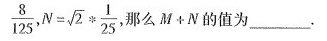
\frac{8}{125},N=\sqrt{2} *\frac{1}{25},那么M+N的值为___.